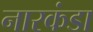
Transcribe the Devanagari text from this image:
नारकंडा